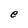
Character: e